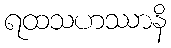
ရထသဟဿာနိ